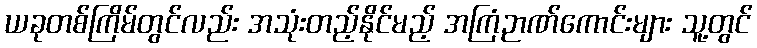
ယခုတစ်ကြိမ်တွင်လည်း အသုံးတည့်နိုင်မည့် အကြံဉာဏ်ကောင်းများ သူ့တွင်